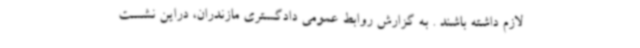
لازم داشته باشند . به گزارش روابط عمومی دادگستری مازندران، دراین نشست